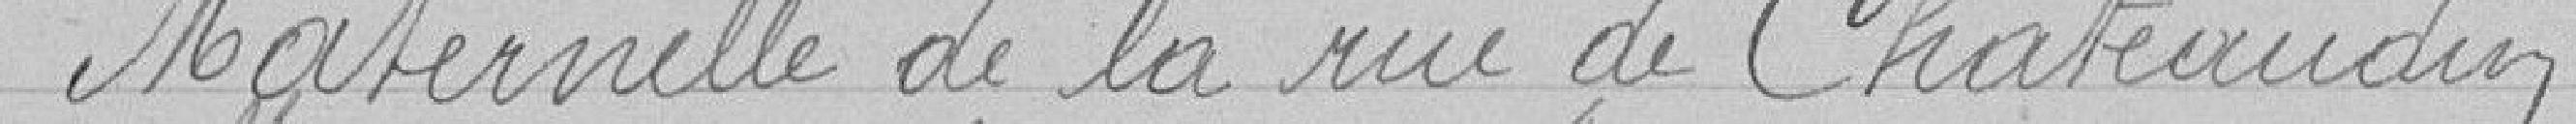
maternelle de la rue de Châteaudun